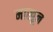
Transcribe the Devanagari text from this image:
माखून